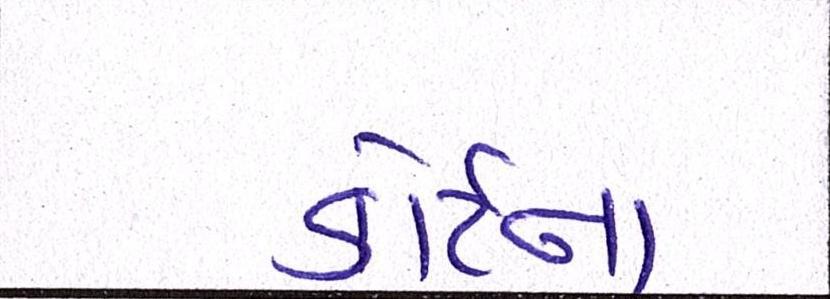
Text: કોર્ટના